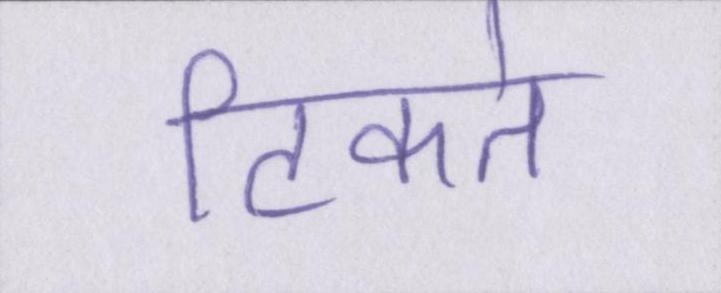
टिकते